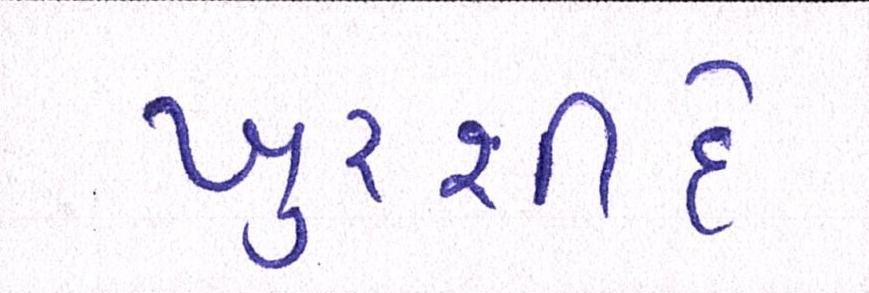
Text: ખુરશીદે